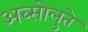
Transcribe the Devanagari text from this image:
अब्सोलुते